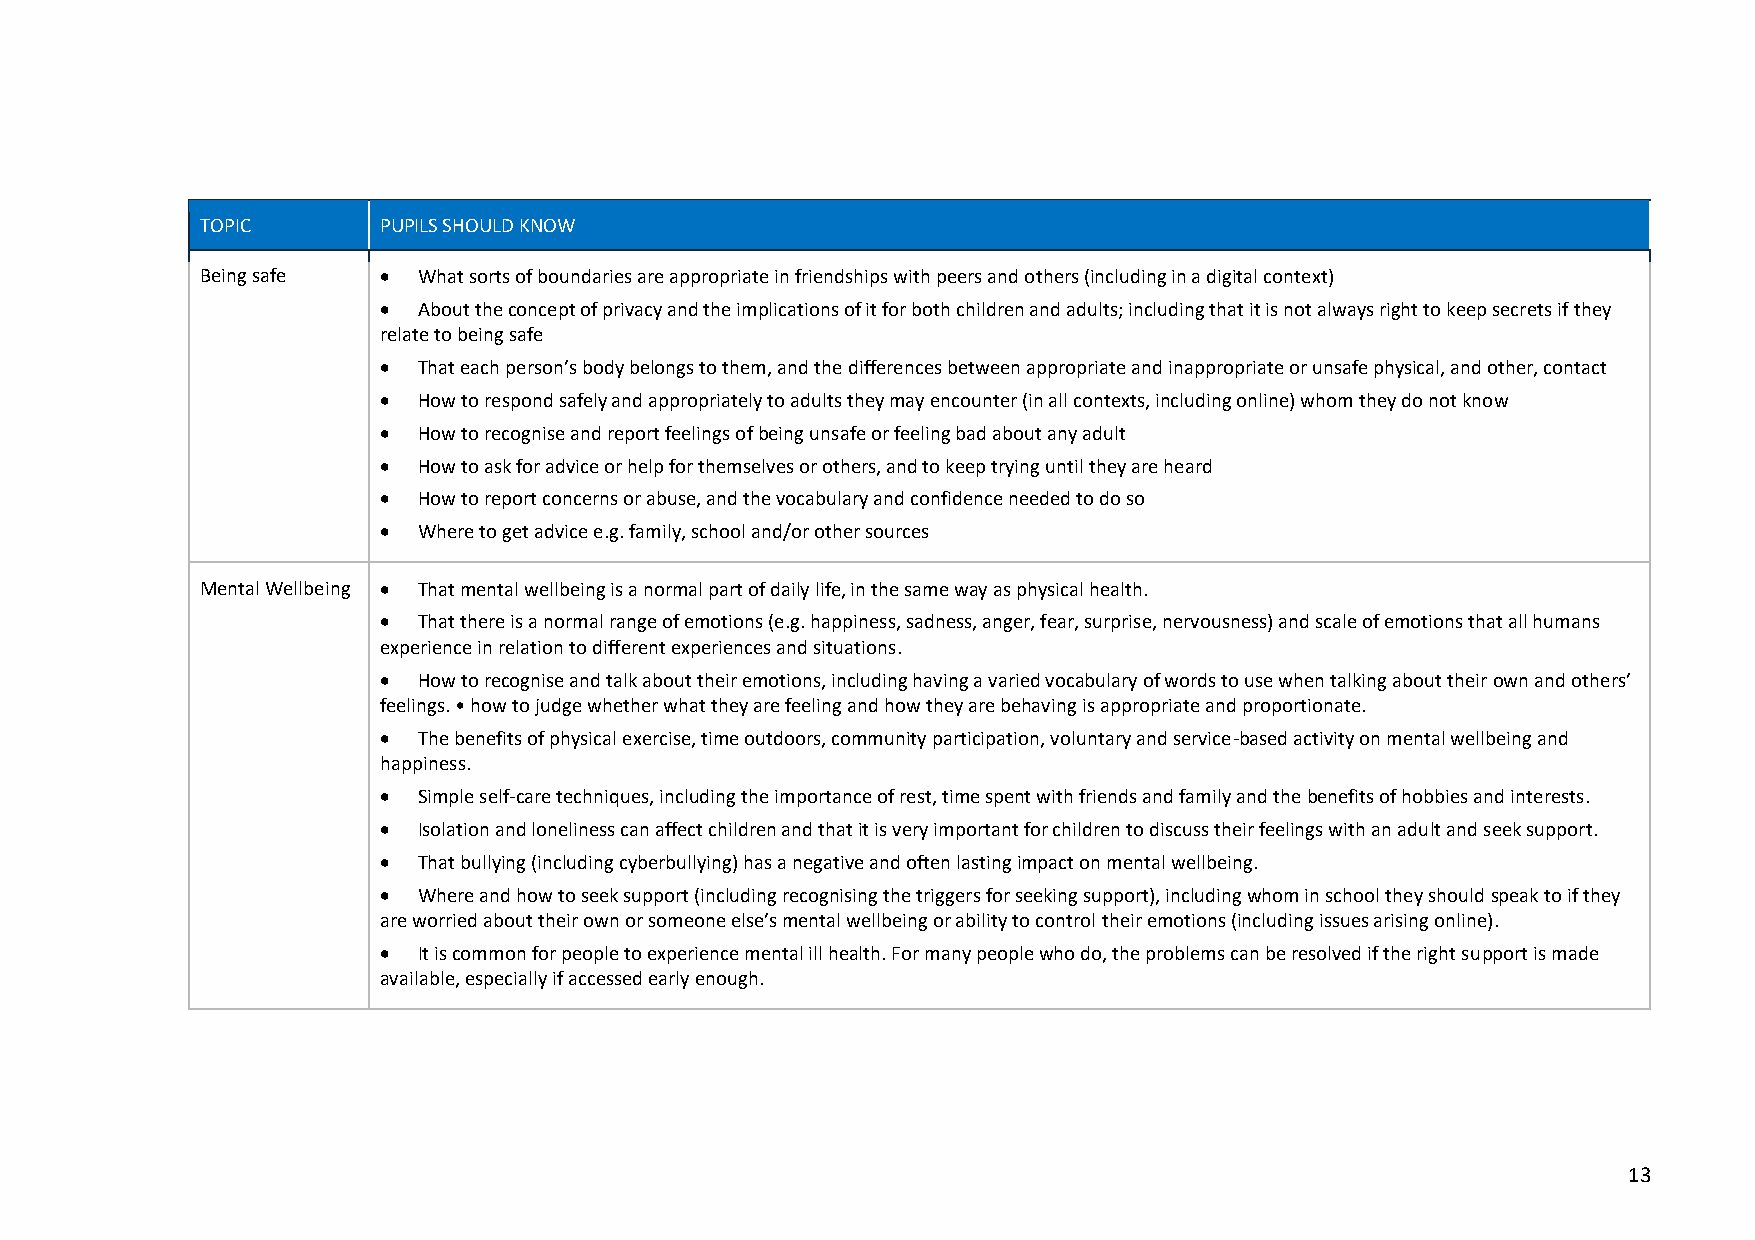
TOPIC       PUPILS SHOULD KNOW
 Being safe  •  What sorts of boundaries are appropriate in friendships with peers and others (including in a digital context)
 •  About the concept of privacy and the implications of it for both children and adults; including that it is not always right to keep secrets if they
 relate to being safe
 •  That each person’s body belongs to them, and the differences between appropriate and inappropriate or unsafe physical, and other, contact
 •  How to respond safely and appropriately to adults they may encounter (in all contexts, including online) whom they do not know
 •  How to recognise and report feelings of being unsafe or feeling bad about any adult
 •  How to ask for advice or help for themselves or others, and to keep trying until they are heard
 •  How to report concerns or abuse, and the vocabulary and confidence needed to do so
 •  Where to get advice e.g. family, school and/or other sources
 Mental Wellbeing • That mental wellbeing is a normal part of daily life, in the same way as physical health.
 •  That there is a normal range of emotions (e.g. happiness, sadness, anger, fear, surprise, nervousness) and scale of emotions that all humans
 experience in relation to different experiences and situations.
 •  How to recognise and talk about their emotions, including having a varied vocabulary of words to use when talking about their own and others’
 feelings. • how to judge whether what they are feeling and how they are behaving is appropriate and proportionate.
 •  The benefits of physical exercise, time outdoors, community participation, voluntary and service-based activity on mental wellbeing and
 happiness.
 •  Simple self-care techniques, including the importance of rest, time spent with friends and family and the benefits of hobbies and interests.
 •  Isolation and loneliness can affect children and that it is very important for children to discuss their feelings with an adult and seek support.
 •  That bullying (including cyberbullying) has a negative and often lasting impact on mental wellbeing.
 •  Where and how to seek support (including recognising the triggers for seeking support), including whom in school they should speak to if they
 are worried about their own or someone else’s mental wellbeing or ability to control their emotions (including issues arising online).
 •  It is common for people to experience mental ill health. For many people who do, the problems can be resolved if the right support is made
 available, especially if accessed early enough.
 13